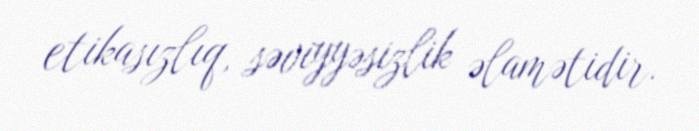
etikasızlıq, səviyyəsizlik əlamətidir.